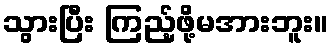
သွားပြီး ကြည့်ဖို့မအားဘူး။